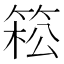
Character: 𥯆